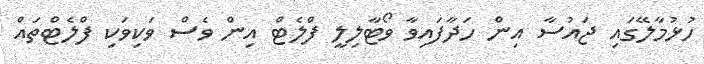
ހުޅުމާލޭގައި ޖައުސާ އިން ހަދާފައިވާ ވޯޓާލިލީ ފްލެޓް އިން ވެސް ވަކިވަކި ފްލެޓްތައް